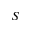
S